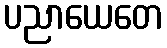
ပညာယေတေ